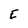
Character: E